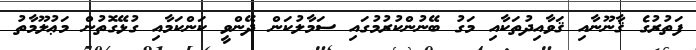
ފަތުރުގެ ޤާނޫނާއި ޤަވާއިދުތަކާއި މަގު ބޭނުންކުރުމުގައި ސަމާލުކަން ދޭންވީ ކަންކަމާއި ގުޅޭގޮތުން މަޢުލޫމާތު